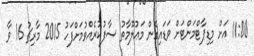
11:00 އަށް މިޑިޕާޓްމަންޓަށް ވަޑައިގެން މަޢުލޫމާތު ސާފުކުރެއްވުމަށްފަހު 2015 މާރިޗު 16 ވާ